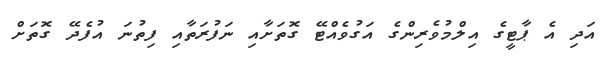
އަދި އެ ޕާޓީގެ އިލްމުވެރިންގެ އަގުވެއްޓޭ ގޮތަށާއި ނަފުރަތާއި ފިތުނަ އުފެދޭ ގޮތަށް